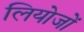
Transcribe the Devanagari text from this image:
लियोजों